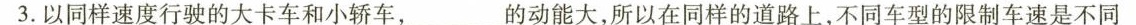
3.以同样速度行驶的大卡车和小轿车，_的动能大，所以在同样的道路上，不同车型的限制车速是不同